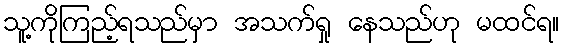
သူ့ကိုကြည့်ရသည်မှာ အသက်ရှု နေသည်ဟု မထင်ရ။